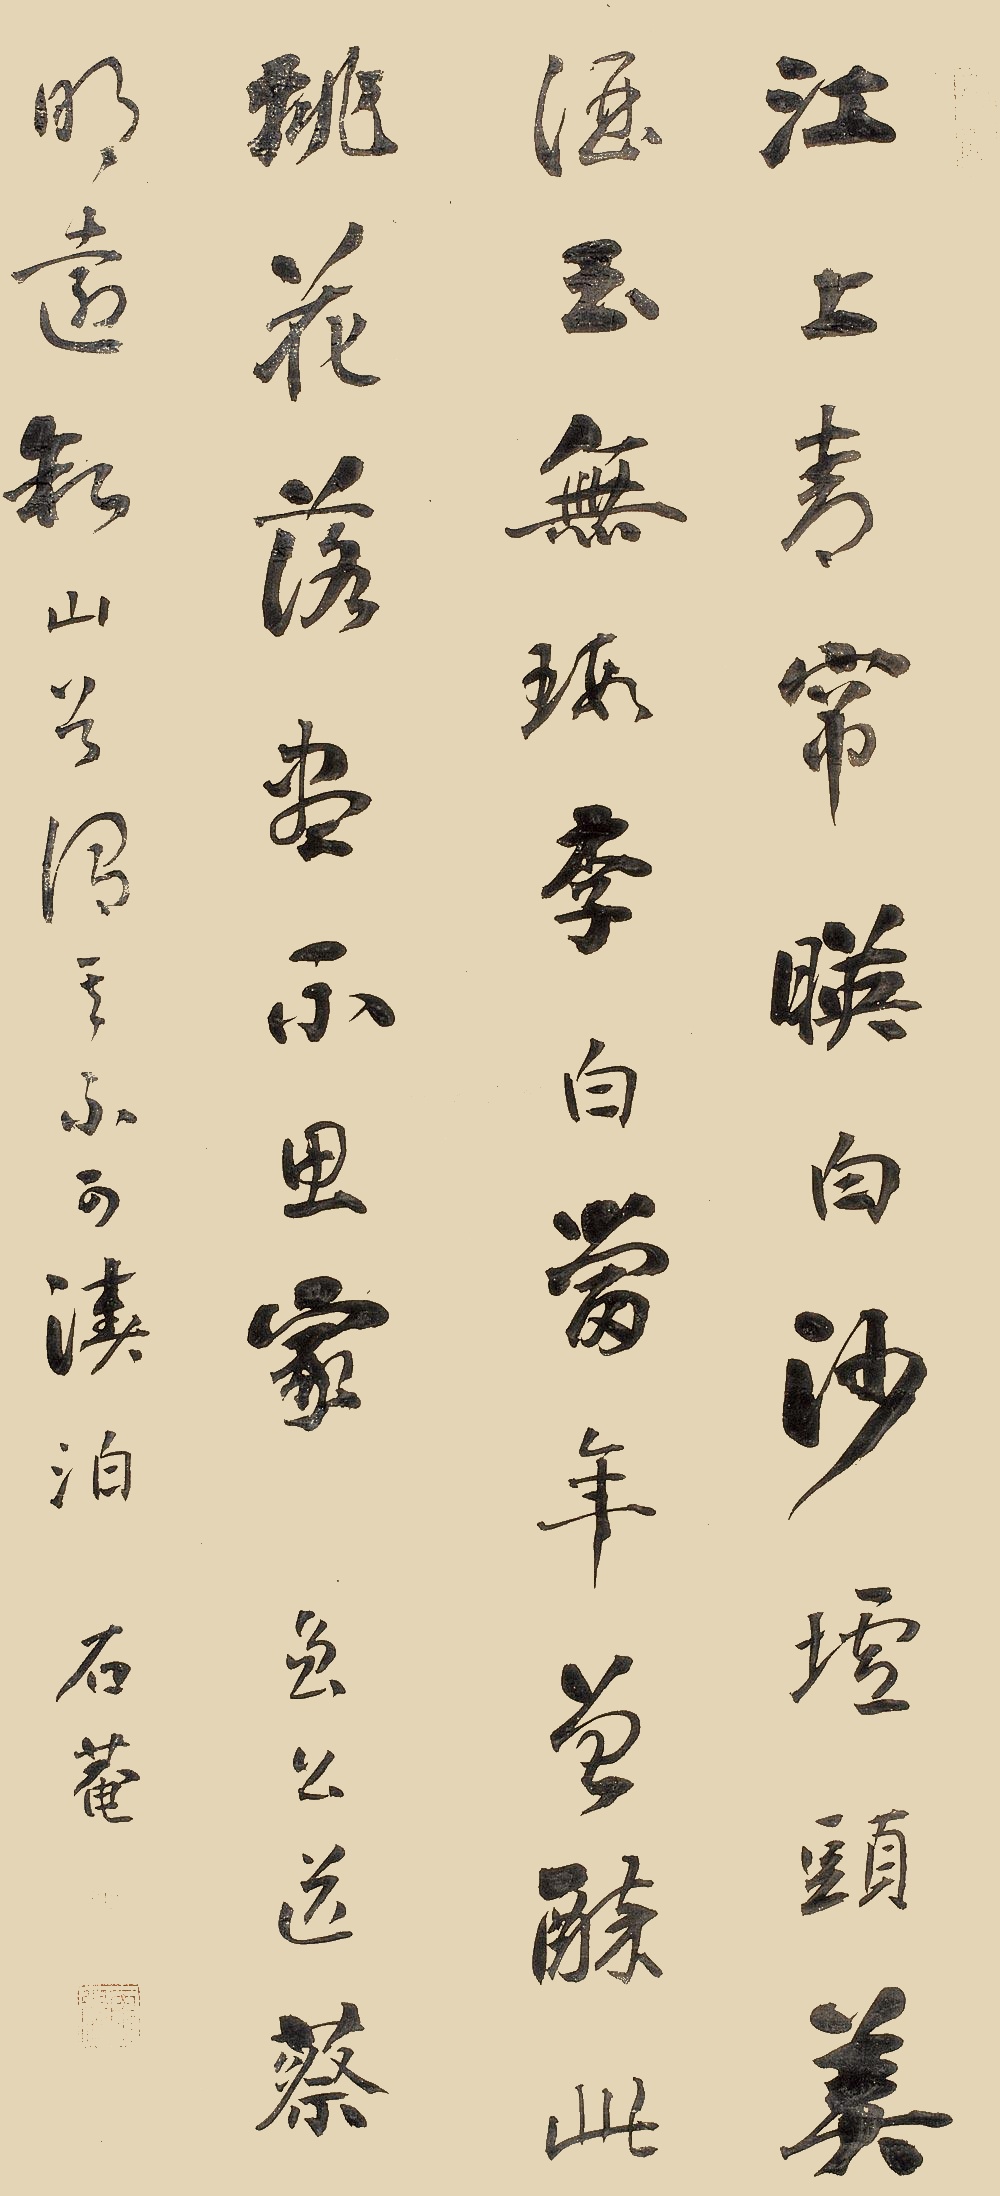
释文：江上青帘映白沙，墟头美酒玉无瑕。李白当年曾醉此，桃花落尽不思家。曾公送蔡明远新山首，谓其不可泊。石庵。